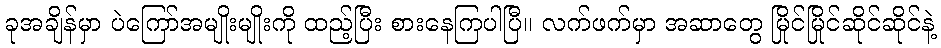
ခုအချိန်မှာ ပဲကြော်အမျိုးမျိုးကို ထည့်ပြီး စားနေကြပါပြီ။ လက်ဖက်မှာ အဆာတွေ မြိုင်မြိုင်ဆိုင်ဆိုင်နဲ့